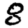
Digit: 8